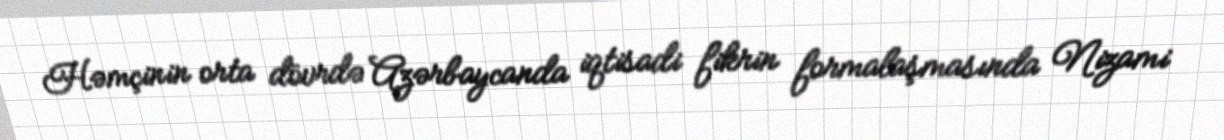
Həmçinin orta dövrdə Azərbaycanda iqtisadi fikrin formalaşmasında Nizami